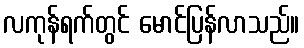
လကုန်ရက်တွင် မောင်ပြန်လာသည်။